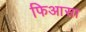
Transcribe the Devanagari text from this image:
फिआसा